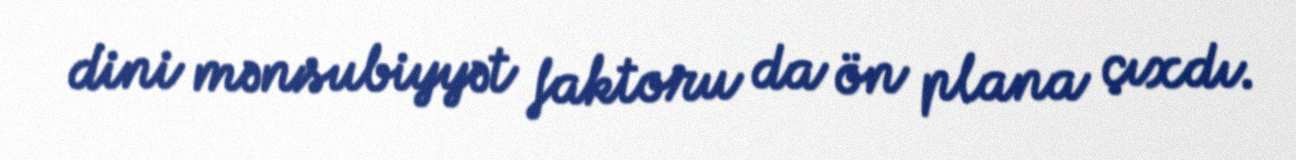
dini mənsubiyyət faktoru da ön plana çıxdı.